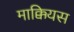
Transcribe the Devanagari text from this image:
माक्कियस